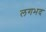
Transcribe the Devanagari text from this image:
लगभद